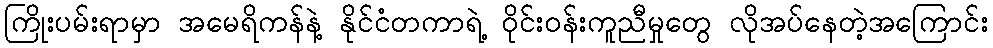
ကြိုးပမ်းရာမှာ အမေရိကန်နဲ့ နိုင်ငံတကာရဲ့ ဝိုင်းဝန်းကူညီမှုတွေ လိုအပ်နေတဲ့အကြောင်း